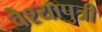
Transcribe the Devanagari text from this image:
वैश्यापुत्री